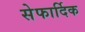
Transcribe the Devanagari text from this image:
सेफार्दिक